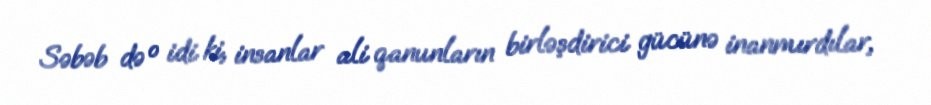
Səbəb də o idi ki, insanlar ali qanunların birləşdirici gücünə inanmırdılar,